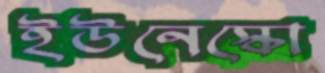
ইউনেস্কো